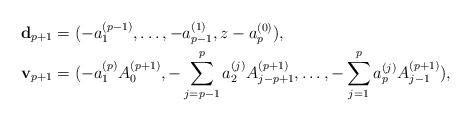
LaTeX: \begin{align*}\mathbf{d}_{p+1} & =(-a_{1}^{(p-1)},\ldots,-a_{p-1}^{(1)},z-a_{p}^{(0)}),\\\mathbf{v}_{p+1} & =(-a_{1}^{(p)}A_{0}^{(p+1)},-\sum_{j=p-1}^{p}a_{2}^{(j)} A_{j-p+1}^{(p+1)},\ldots,-\sum_{j=1}^{p} a_{p}^{(j)}A_{j-1}^{(p+1)}),\end{align*}